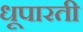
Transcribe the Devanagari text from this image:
धूपारती